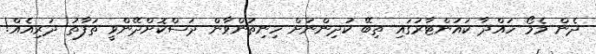
ދެން މެމޯ ހައްދާ ކައުންޓާރުގައި ތިބޭ ކުދިންނަށް ހިނިތުންވާން ދަސްކޮށްދޭންވީ ތަފާތު ދަރިއެއް!